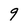
Character: 9